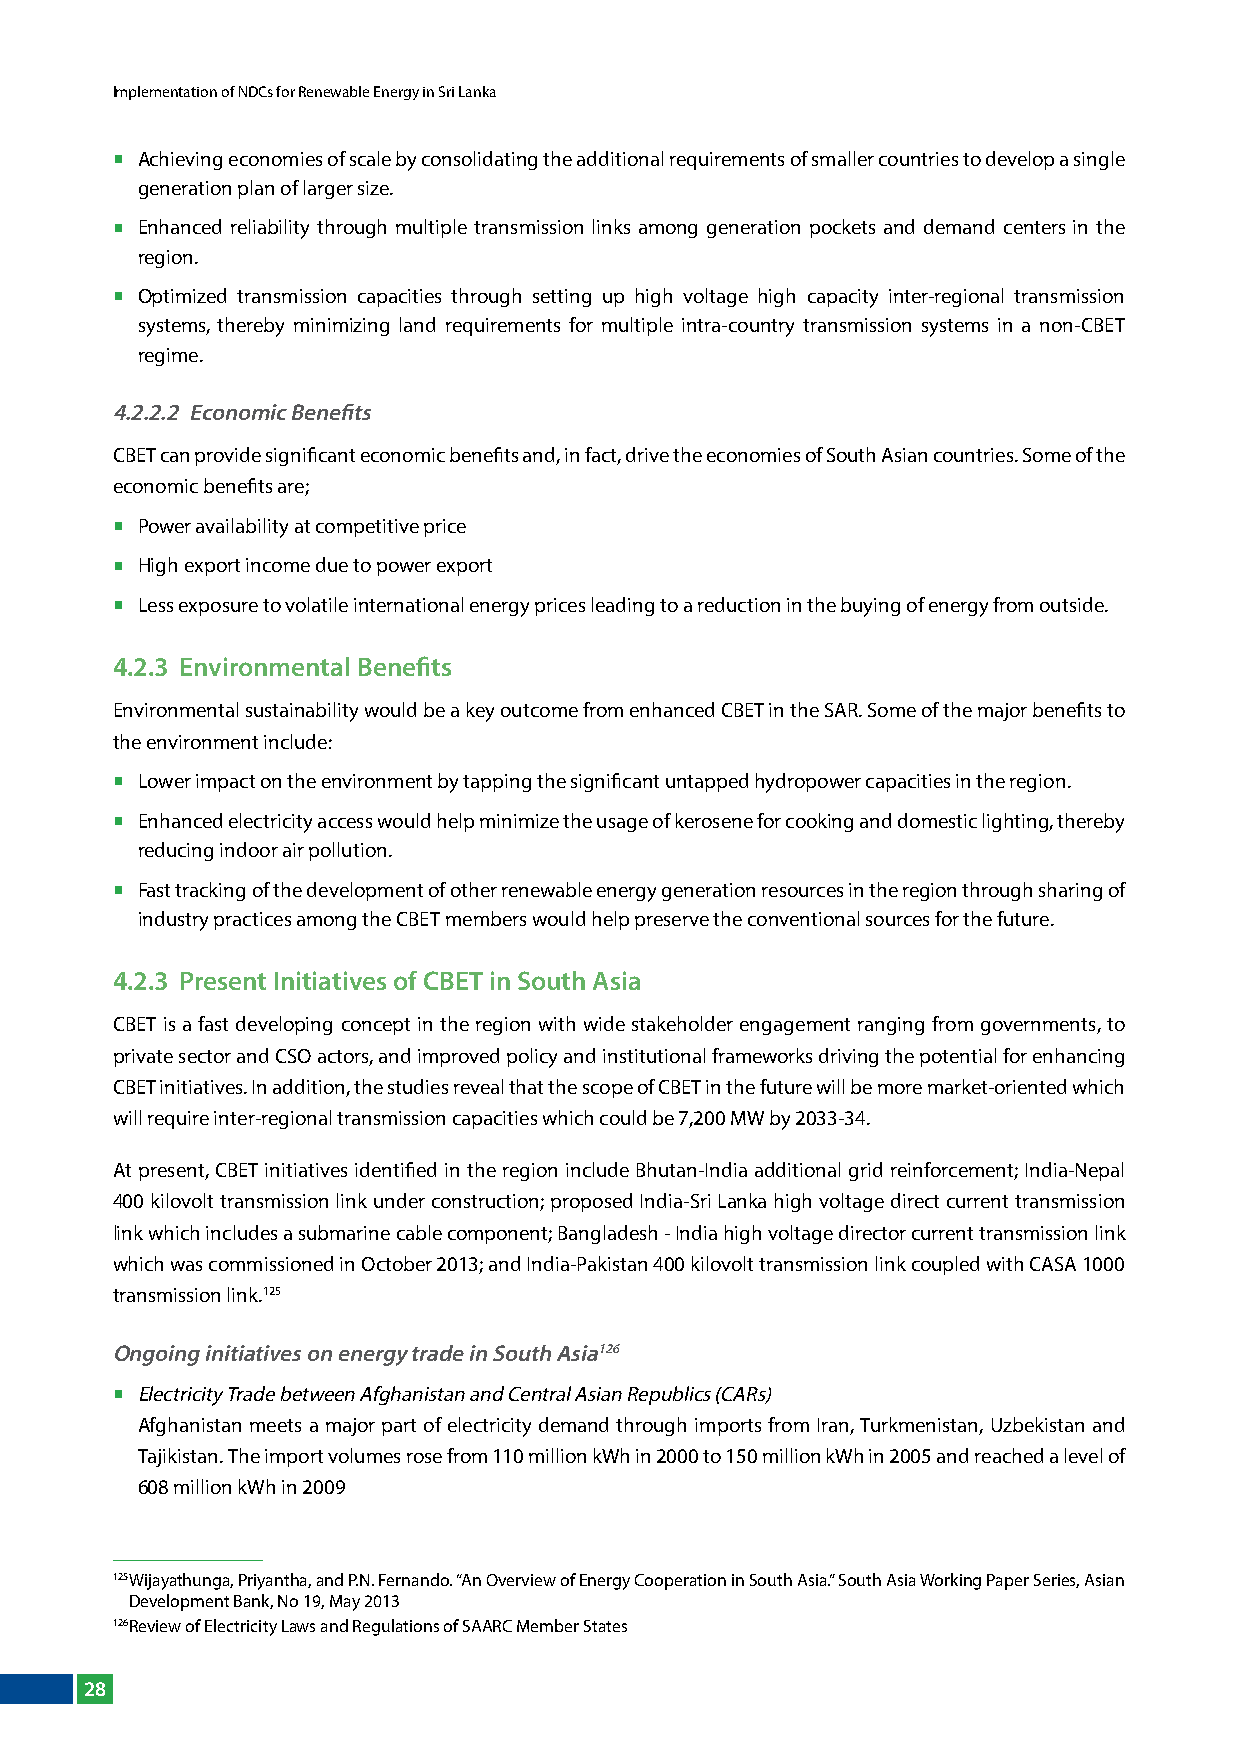
Implementation of NDCs for Renewable Energy in Sri Lanka
  Achieving economies of scale by consolidating the additional requirements of smaller countries to develop a single
 generation plan of larger size.
  Enhanced reliability through multiple transmission links among generation pockets and demand centers in the
 region.
  Optimized transmission capacities through setting up high voltage high capacity inter-regional transmission
 systems, thereby minimizing land requirements for multiple intra-country transmission systems in a non-CBET
 regime.
 4.2.2.2 Economic Benefits
 CBET can provide significant economic benefits and, in fact, drive the economies of South Asian countries. Some of the
 economic benefits are;
  Power availability at competitive price
  High export income due to power export
  less exposure to volatile international energy prices leading to a reduction in the buying of energy from outside.
 4.2.3 Environmental Benefits
 Environmental sustainability would be a key outcome from enhanced CBET in the SAR. Some of the major benefits to
 the environment include:
  lower impact on the environment by tapping the significant untapped hydropower capacities in the region.
  Enhanced electricity access would help minimize the usage of kerosene for cooking and domestic lighting, thereby
 reducing indoor air pollution.
  Fast tracking of the development of other renewable energy generation resources in the region through sharing of
 industry practices among the CBET members would help preserve the conventional sources for the future.
 4.2.3 Present Initiatives of CBET in South Asia
 CBET is a fast developing concept in the region with wide stakeholder engagement ranging from governments, to
 private sector and CSO actors, and improved policy and institutional frameworks driving the potential for enhancing
 CBET initiatives. In addition, the studies reveal that the scope of CBET in the future will be more market-oriented which
 will require inter-regional transmission capacities which could be 7,200 MW by 2033-34.
 At present, CBET initiatives identified in the region include Bhutan-India additional grid reinforcement; India-Nepal
 400 kilovolt transmission link under construction; proposed India-Sri lanka high voltage direct current transmission
 link which includes a submarine cable component; Bangladesh - India high voltage director current transmission link
 which was commissioned in October 2013; and India-Pakistan 400 kilovolt transmission link coupled with CASA 1000
 transmission link.125
 Ongoing initiatives on energy trade in South Asia126
  Electricity Trade between Afghanistan and Central Asian Republics (CARs)
 Afghanistan meets a major part of electricity demand through imports from Iran, Turkmenistan, Uzbekistan and
 Tajikistan. The import volumes rose from 110 million kWh in 2000 to 150 million kWh in 2005 and reached a level of
 608 million kWh in 2009
 125 Wijayathunga, Priyantha, and P.N. Fernando. “An Overview of Energy Cooperation in South Asia.” South Asia Working Paper Series, Asian
 Development Bank, No 19, May 2013
 126 Review of Electricity laws and Regulations of SAARC Member States
 28